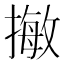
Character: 𢳺